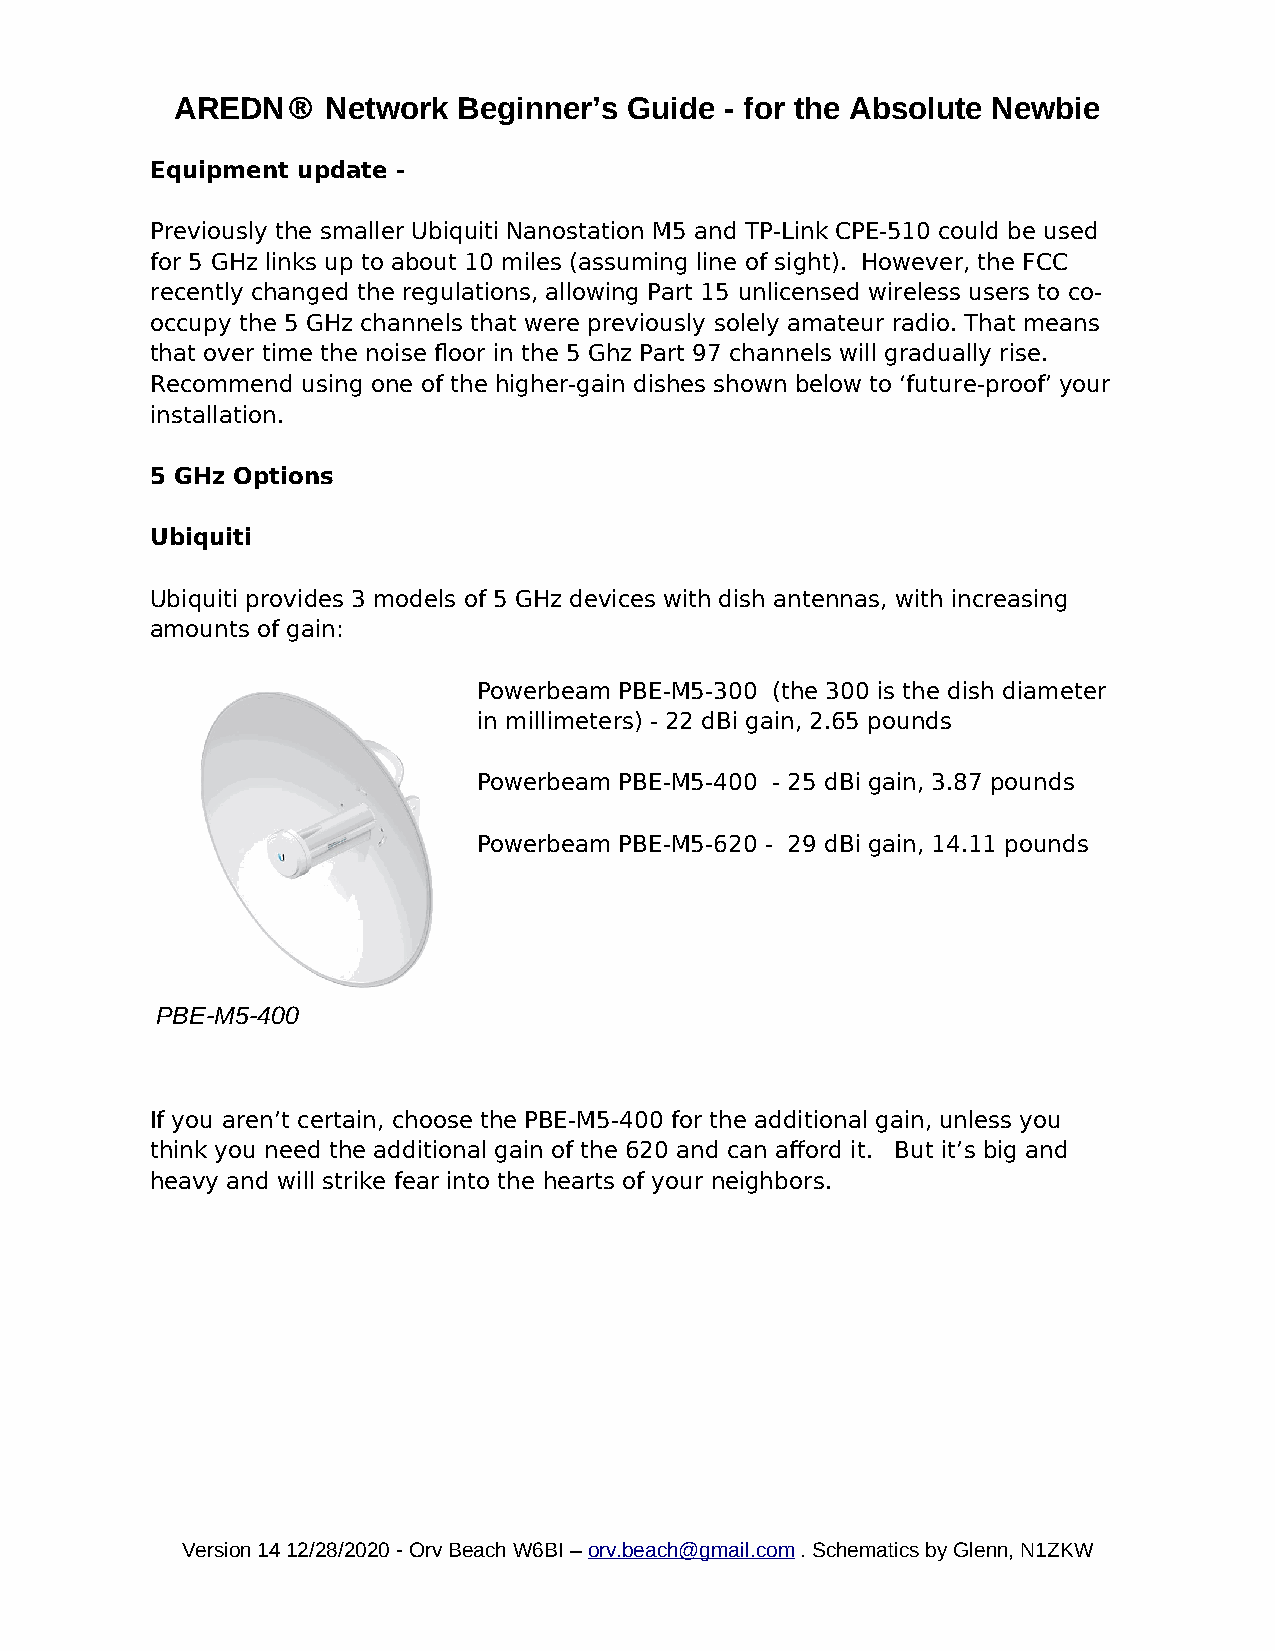
AREDN®    Network Beginner’s  Guide - for the Absolute Newbie
 Equipment update -
 Previously the smaller Ubiquiti Nanostation M5 and TP-Link CPE-510 could be used
 for 5 GHz links up to about 10 miles (assuming line of sight). However, the FCC
 recently changed the regulations, allowing Part 15 unlicensed wireless users to co-
 occupy the 5 GHz channels that were previously solely amateur radio. That means
 that over time the noise floor in the 5 Ghz Part 97 channels will gradually rise.
 Recommend using one of the higher-gain dishes shown below to ‘future-proof’ your
 installation.
 5 GHz Options
 Ubiquiti
 Ubiquiti provides 3 models of 5 GHz devices with dish antennas, with increasing
 amounts of gain:
 Powerbeam PBE-M5-300 (the 300 is the dish diameter
 in millimeters) - 22 dBi gain, 2.65 pounds
 Powerbeam PBE-M5-400 - 25 dBi gain, 3.87 pounds
 Powerbeam PBE-M5-620 - 29 dBi gain, 14.11 pounds
 PBE-M5-400
 If you aren’t certain, choose the PBE-M5-400 for the additional gain, unless you
 think you need the additional gain of the 620 and can afford it. But it’s big and
 heavy and will strike fear into the hearts of your neighbors.
 Version 14 12/28/2020 - Orv Beach W6BI – orv.beach@gmail.com . Schematics by Glenn, N1ZKW